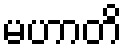
မဟာတိ